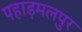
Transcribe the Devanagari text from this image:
पहाड़मलपुर